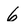
Character: 6